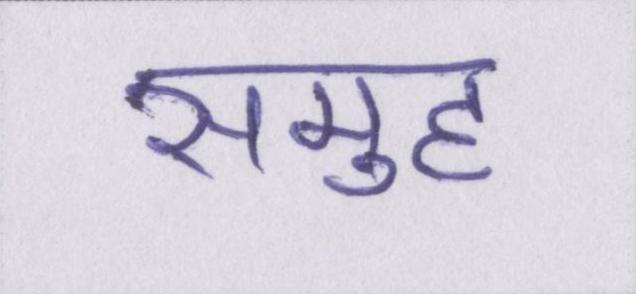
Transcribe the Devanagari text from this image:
समुह